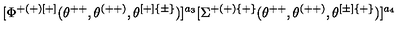
[ \Phi ^ { + ( + ) [ + ] } ( \theta ^ { + + } , \theta ^ { ( + + ) } , \theta ^ { [ + ] \{ \pm \} } ) ] ^ { a _ { 3 } } [ \Sigma ^ { + ( + ) \{ + \} } ( \theta ^ { + + } , \theta ^ { ( + + ) } , \theta ^ { [ \pm ] \{ + \} } ) ] ^ { a _ { 4 } }